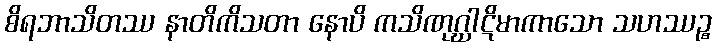
စိရဘာသိတဿ နာတိကိသတာ နောပိ ကသိဏုဂ္ဃာဋိမာကာသော သဟဿဉ္စ